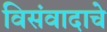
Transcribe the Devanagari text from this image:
विसंवादाचे